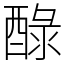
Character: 醁